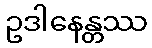
ဥဒါနေန္တဿ